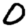
Digit: 0